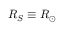
R _ { S } \equiv R _ { \odot }